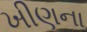
ખીણના